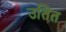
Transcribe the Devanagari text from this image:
उतित